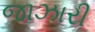
જાઝારી